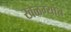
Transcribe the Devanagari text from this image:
खळग्यांत